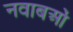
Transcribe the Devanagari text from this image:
नवाबओं